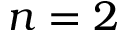
n = 2